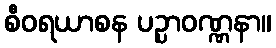
စီဝရယာစန ပဉ္ပာဝဏ္ဏနာ။